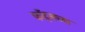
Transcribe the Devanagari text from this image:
फॉट्सच्या